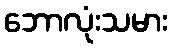
ဘောလုံးသမား